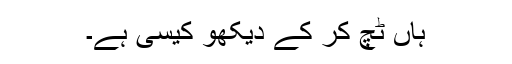
ہاں ٹچ کر کے دیکھو کیسی ہے۔